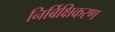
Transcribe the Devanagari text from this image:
निर्बिक्षिकरण